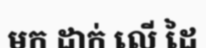
មក ដាក់ លើ ដៃ